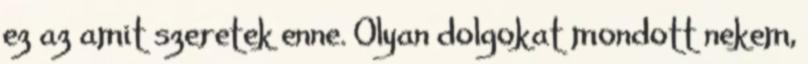
ez az amit szeretek enne. Olyan dolgokat mondott nekem,